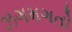
ઝગમગતો